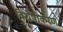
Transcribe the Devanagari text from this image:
विशेषीेकरण